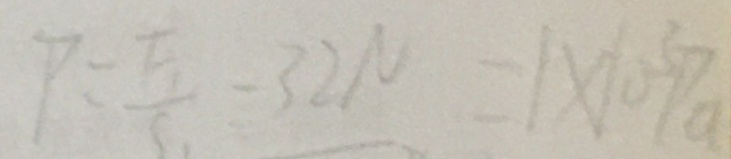
P _ { 1 } = \frac { F _ { 1 } } { S _ { 1 } } - 3 2 N = 1 \times 1 0 ^ { 3 } p a